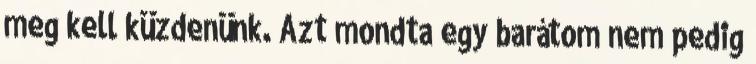
meg kell küzdenünk. Azt mondta egy barátom nem pedig